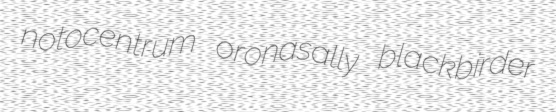
notocentrum oronasally blackbirder